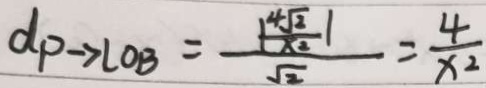
d p \rightarrow L 0 B = \frac { \vert \frac { 4 \sqrt { 2 } } { x ^ { 2 } } \vert } { \sqrt { 2 } } = \frac { 4 } { x ^ { 2 } }